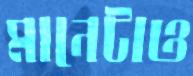
মানেটাও